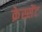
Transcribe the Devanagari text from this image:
क्रेस्सेंट